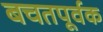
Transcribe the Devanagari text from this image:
बचतपूर्वक